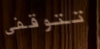
تتوقفى